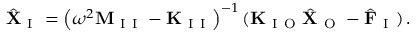
\hat { \mathbf { X } } _ { \mathrm { ~ I ~ } } = \left( \omega ^ { 2 } \mathbf { M } _ { \mathrm { ~ I ~ I ~ } } - \mathbf { K } _ { \mathrm { ~ I ~ I ~ } } \right) ^ { - 1 } ( \mathbf { K } _ { \mathrm { ~ I ~ O ~ } } \hat { \mathbf { X } } _ { \mathrm { ~ O ~ } } - \hat { \mathbf { F } } _ { \mathrm { ~ I ~ } } ) \, .